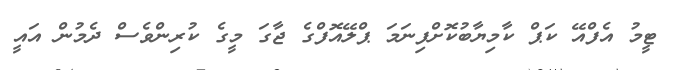
ޓީމު އެފްއޭ ކަޕް ކާމިޔާބުކޮށްފިނަމަ ޕްލޭއޮފްގެ ޖާގަ މީގެ ކުރިންވެސް ދެމުން އައީ